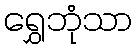
ရွှေဘုံသာ